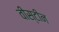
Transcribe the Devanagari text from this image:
वीस्टीन